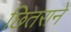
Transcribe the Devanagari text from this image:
छितराने